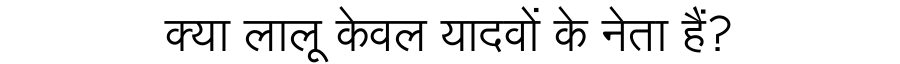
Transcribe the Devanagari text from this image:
क्या लालू केवल यादवों के नेता हैं?